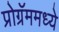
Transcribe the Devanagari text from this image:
प्रोग्रॅममध्ये